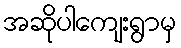
အဆိုပါကျေးရွာမှ